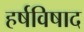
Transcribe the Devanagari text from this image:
हर्षविषाद